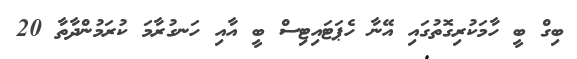
ބިގް ބީ ހާމަކުރިގޮތުގައި އޭނާ ހެޕަޓައިޓިސް ބީ އާއި ހަނގުރާމަ ކުރަމުންދާތާ 20